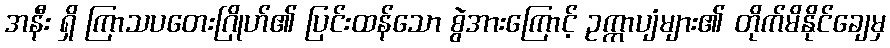
အနီး ရှိ ကြာသပတေးဂြိုဟ်၏ ပြင်းထန်သော စွဲအားကြောင့် ဥက္ကာပျံများ၏ တိုက်မိနိုင်ချေမှ